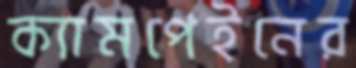
ক্যামপেইনের